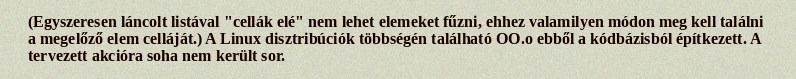
(Egyszeresen láncolt listával "cellák elé" nem lehet elemeket fűzni, ehhez valamilyen módon meg kell találni a megelőző elem celláját.) A Linux disztribúciók többségén található OO.o ebből a kódbázisból építkezett. A tervezett akcióra soha nem került sor.